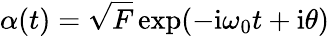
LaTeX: \alpha(t)=\sqrt{F}\exp(-\mathrm{i}\omega_{0}t+\mathrm{i}\theta)